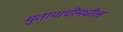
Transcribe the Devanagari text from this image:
मुतागाचीमधील